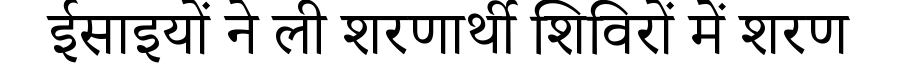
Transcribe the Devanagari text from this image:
ईसाइयों ने ली शरणार्थी शिविरों में शरण